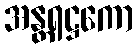
အန္တရဋ္ဌကော